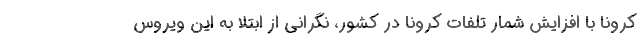
کرونا با افزایش شمار تلفات کرونا در کشور، نگرانی از ابتلا به این ویروس